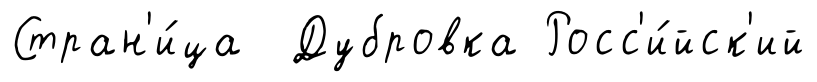
Стран'и́ца Дубровка Росс'и́йск'ий